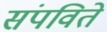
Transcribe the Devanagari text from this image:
संपविते